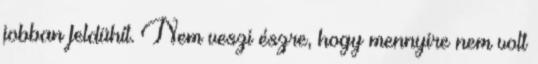
jobban feldühít. Nem veszi észre, hogy mennyire nem volt